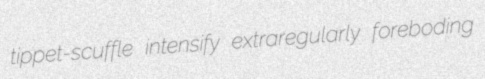
tippet-scuffle intensify extraregularly foreboding